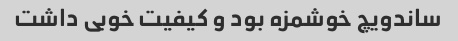
ساندویچ خوشمزه بود و کیفیت خوبی داشت